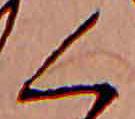
く